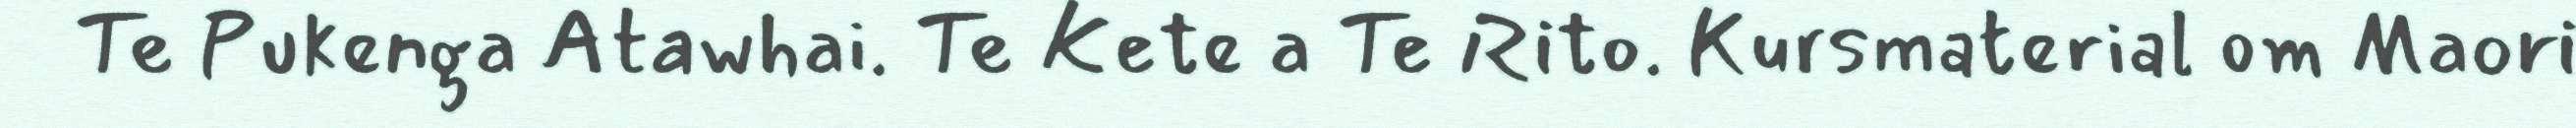
Te Pukenga Atawhai. Te Kete a Te Rito. Kursmaterial om Maori